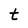
Character: t